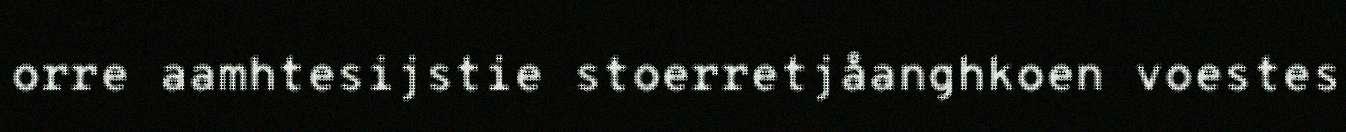
orre aamhtesijstie stoerretjåanghkoen voestes